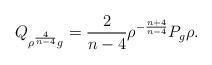
\begin{align*}Q_{\rho ^{\frac{4}{n-4}}g}=\frac{2}{n-4}\rho ^{-\frac{n+4}{n-4}}P_{g}\rho .\end{align*}